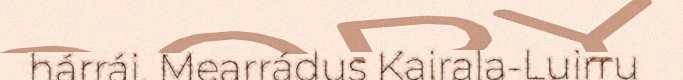
hárrái. Mearrádus Kairala-Luirru